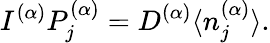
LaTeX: I^{(\alpha)}P_{j}^{(\alpha)}=D^{(\alpha)}\langle n_{j}^{(\alpha)}\rangle.